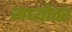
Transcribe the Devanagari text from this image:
मध्योत्तर